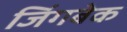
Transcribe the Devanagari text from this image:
जिंगबेक